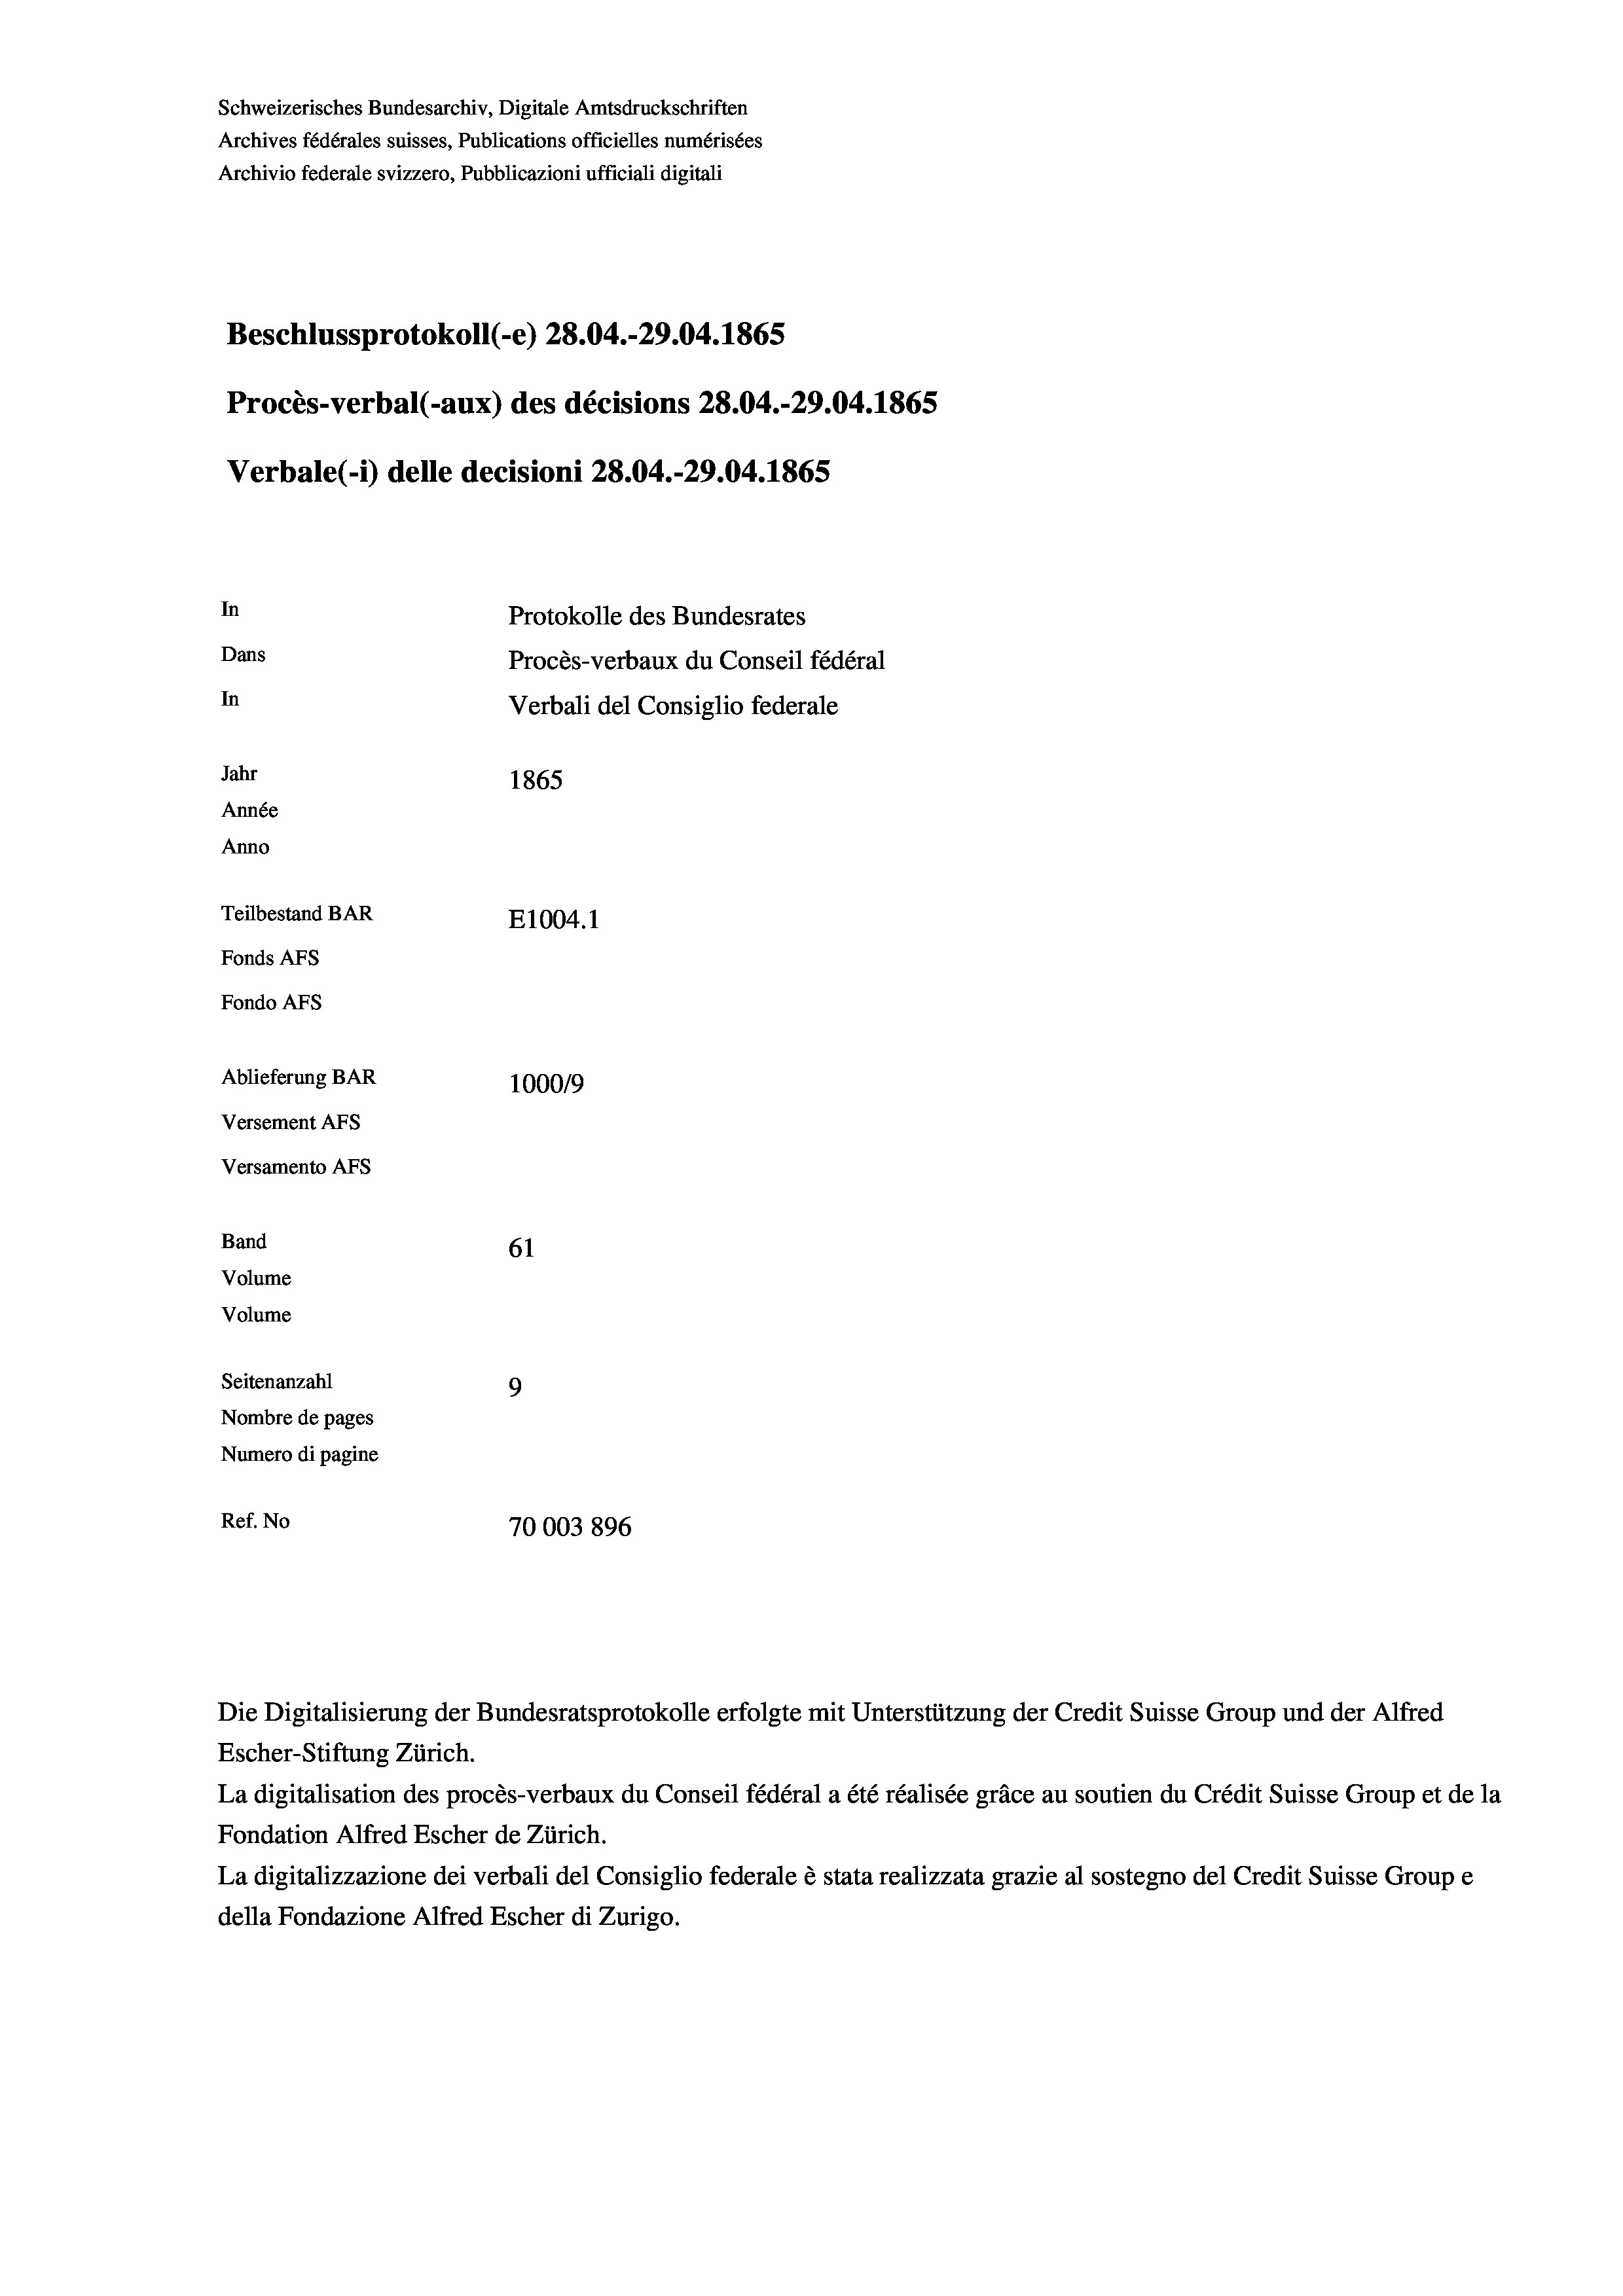
Archivio federale svizzero, Pubblicazioni ufficiali digitali

Beschlussprotokoll (-e) 28.04.-29.04. 1865
In
Protokolle des Bundesrates
Dans
Procès-verbaux du Conseil fédéral
In
Verbali del Consiglio federale
Jahr
1865
Année
Anno
Teilbestand BAR
E1004. 1
Fonds AFs
Fondo Afs
Ablieferung BAR
100019
Versement AFs
Versamento AFs

Band
Volume
Volume

Verbale (i) delle decisioni 28.04.-29.04. 1865

Schweizerisches Bundesarchiv, Digitale Amtsdruckschriften
Archives fédérales suisses, Publications officielles numérisées

61
Seitenanzahl
9
Nombre de pages
Numero di pagine
Ref. No
70003 896

Procès-verbal (-aux) des décisions 28.04.-29.04. 1865

Die Digitalisierung der Bundesratsprotokolle erfolgte mit Unterstützung der Credit Suisse Group und der Alfred
Escher-Stiftung Zürich.
La digitalisation des procès-verbaux du Conseil fédéral a été réalisée gräce au soutien du Crédit Suisse Group et de la
Fondation Alfred Escher de Zürich.
La digitalizzazione dei verbali del Consiglio federale è stata realizzata grazie al sostegno del Credit Suisse Groupe
della Fondazione Alfred Escher di Zurigo.